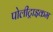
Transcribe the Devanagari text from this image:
पोलीट्राइकम